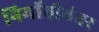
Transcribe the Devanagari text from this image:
निर्मीतीनंतर